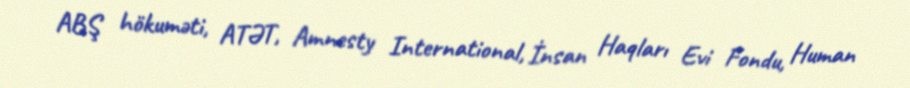
ABŞ hökuməti, ATƏT, Amnesty International, İnsan Haqları Evi Fondu, Human